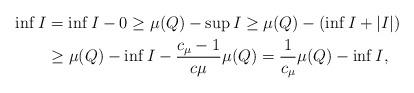
LaTeX: \begin{align*}\inf I&=\inf I-0\geq \mu(Q)-\sup I\geq \mu(Q)-(\inf I+|I|)\\&\geq \mu(Q)-\inf I-\frac{c_\mu-1}{c\mu}\mu(Q)=\frac{1}{c_\mu}\mu(Q)-\inf I,\end{align*}